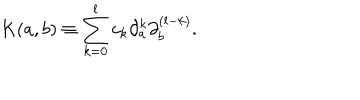
K ( a , b ) \equiv \sum _ { k = 0 } ^ { l } c _ { k } \partial _ { a } ^ { k } \partial _ { b } ^ { ( l - k ) } .